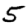
Digit: 5